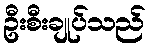
ဦးစီးချုပ်သည်